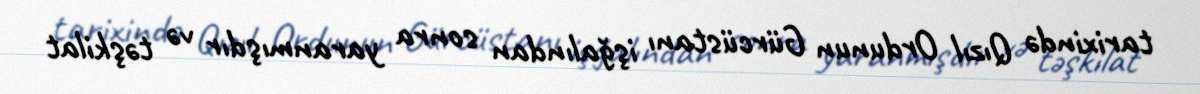
tarixində Qızıl Ordunun Gürcüstanı işğalından sonra yaranmışdır və təşkilat